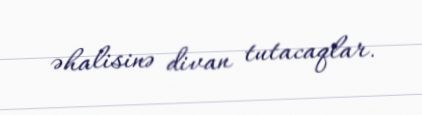
əhalisinə divan tutacaqlar.